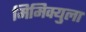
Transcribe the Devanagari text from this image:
मिमिक्युला